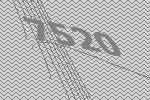
7520